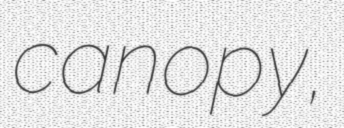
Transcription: canopy,